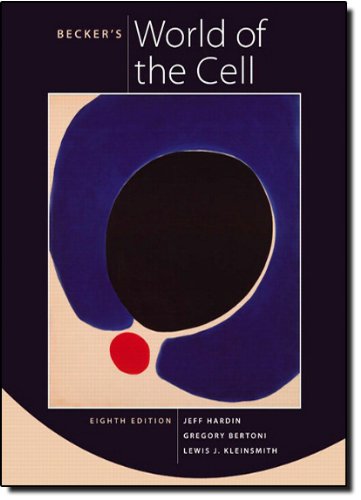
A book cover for Becker's World of the Cell (8th Edition); Jeff Hardin; Medical Books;